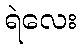
ရဲလေး